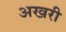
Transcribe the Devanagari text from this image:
अखरी